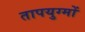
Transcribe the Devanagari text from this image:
तापयुग्मों